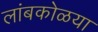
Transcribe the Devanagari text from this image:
लांबकोळया